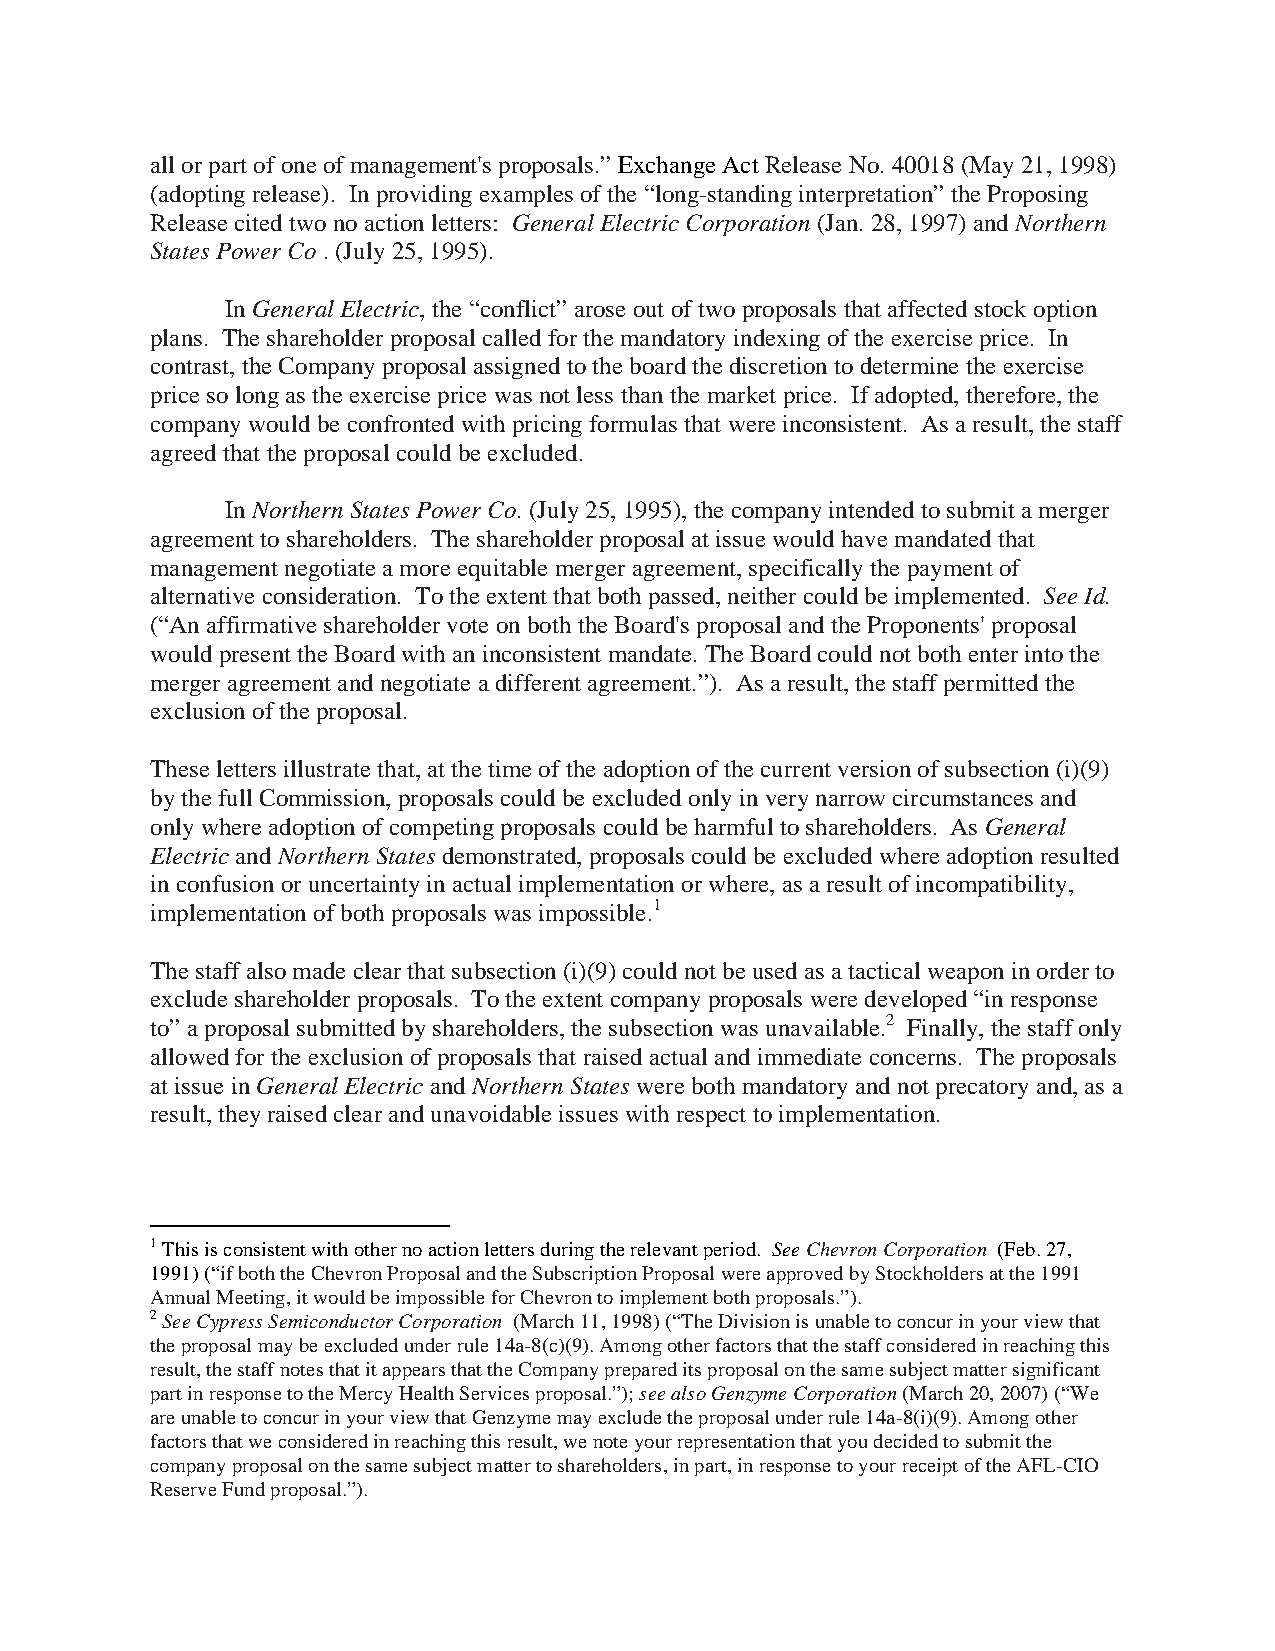
all or part of one of management's proposals.” Exchange Act Release No. 40018 (May 21, 1998)
 (adopting release). In providing examples of the “long-standing interpretation” the Proposing
 Release cited two no action letters: General Electric Corporation (Jan. 28, 1997) and Northern
 States Power Co . (July 25, 1995).
 In General Electric, the “conflict” arose out of two proposals that affected stock option
 plans. The shareholder proposal called for the mandatory indexing of the exercise price. In
 contrast, the Company proposal assigned to the board the discretion to determine the exercise
 price so long as the exercise price was not less than the market price. If adopted, therefore, the
 company would be confronted with pricing formulas that were inconsistent. As a result, the staff
 agreed that the proposal could be excluded.
 In Northern States Power Co. (July 25, 1995), the company intended to submit a merger
 agreement to shareholders. The shareholder proposal at issue would have mandated that
 management negotiate a more equitable merger agreement, specifically the payment of
 alternative consideration. To the extent that both passed, neither could be implemented. See Id.
 (“An affirmative shareholder vote on both the Board's proposal and the Proponents' proposal
 would present the Board with an inconsistent mandate. The Board could not both enter into the
 merger agreement and negotiate a different agreement.”). As a result, the staff permitted the
 exclusion of the proposal.
 These letters illustrate that, at the time of the adoption of the current version of subsection (i)(9)
 by the full Commission, proposals could be excluded only in very narrow circumstances and
 only where adoption of competing proposals could be harmful to shareholders. As General
 Electric and Northern States demonstrated, proposals could be excluded where adoption resulted
 in confusion or uncertainty in actual implementation or where, as a result of incompatibility,
 implementation of both proposals was impossible.1
 The staff also made clear that subsection (i)(9) could not be used as a tactical weapon in order to
 exclude shareholder proposals. To the extent company proposals were developed “in response
 to” a proposal submitted by shareholders, the subsection was unavailable.2 Finally, the staff only
 allowed for the exclusion of proposals that raised actual and immediate concerns. The proposals
 at issue in General Electric and Northern States were both mandatory and not precatory and, as a
 result, they raised clear and unavoidable issues with respect to implementation.
 !!!!!!!!!!!!!!!!!!!!!!!!!!!!!!!!!!!!!!!!!!!!!!!!!!!!!!!!!!!!!
 1 This is consistent with other no action letters during the relevant period. See Chevron Corporation (Feb. 27,
 1991) (“if both the Chevron Proposal and the Subscription Proposal were approved by Stockholders at the 1991
 Annual Meeting, it would be impossible for Chevron to implement both proposals.”).
 2 See Cypress Semiconductor Corporation (March 11, 1998) (“The Division is unable to concur in your view that
 the proposal may be excluded under rule 14a-8(c)(9). Among other factors that the staff considered in reaching this
 result, the staff notes that it appears that the Company prepared its proposal on the same subject matter significant
 part in response to the Mercy Health Services proposal.”); see also Genzyme Corporation (March 20, 2007) (“We
 are unable to concur in your view that Genzyme may exclude the proposal under rule 14a-8(i)(9). Among other
 factors that we considered in reaching this result, we note your representation that you decided to submit the
 company proposal on the same subject matter to shareholders, in part, in response to your receipt of the AFL-CIO
 Reserve Fund proposal.”).